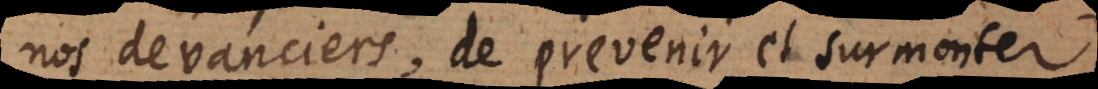
nos devanciers, de prevenir et surmonter